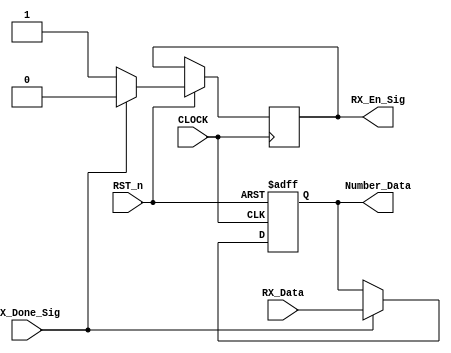
//****************************************************************************//
//# @Author: 
//# @Date:   2019-05-12 21:11:18
//# @Last Modified by:   zlk
//# @WeChat Official Account: OpenFPGA
//# @Last Modified time: 2019-08-04 17:18:34
//# Description: 
//# @Modification History: 2019-05-12 21:26:44
//# Date			    By			   Version			   Change Description: 
//# ========================================================================= #
//# 2019-05-12 21:26:44
//# ========================================================================= #
//# |                                          								| #
//# |                                OpenFPGA     							| #
//****************************************************************************//
module control_module
(
    CLOCK, RST_n,
	 RX_Done_Sig,
	 RX_Data,
	 RX_En_Sig,
	 Number_Data
);

    input CLOCK;
	 input RST_n;
	 input RX_Done_Sig;
	 input [7:0]RX_Data;
	 output RX_En_Sig;
	 output [7:0]Number_Data;
	 
	 /******************************/
	 
	 reg [7:0]rData;
	 reg isEn;
	 
    always @ ( posedge CLOCK or negedge RST_n )
	     if( !RST_n )
		      rData <= 8'd0;
		  else if( RX_Done_Sig )     
		      begin rData <= RX_Data; isEn <= 1'b0; end
		  else isEn <= 1'b1;

	/*********************************/
	
	assign Number_Data = rData;
	assign RX_En_Sig = isEn;
	
	/*********************************/
	 
endmodule